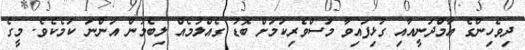
ދިވެހިންގެ އާމްދަނީއާއި ގުޅިފައިވާ މަސްވެރިކަމަށް ބޮޑު ގެއްލުމެއް ލިބެމުން އަންނަ ކަމެކެވެ. މީގެ